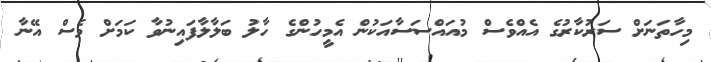
މިހާތަނަށް ސަރުކާރުގެ އެއްވެސް މުއައްސަސާއަކުން އެމީހުންގެ ހާލު ބަލާލާފައިނުވާ ކަމަށް ވެސް އޭނާ